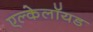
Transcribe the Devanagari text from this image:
एल्केलॉयड